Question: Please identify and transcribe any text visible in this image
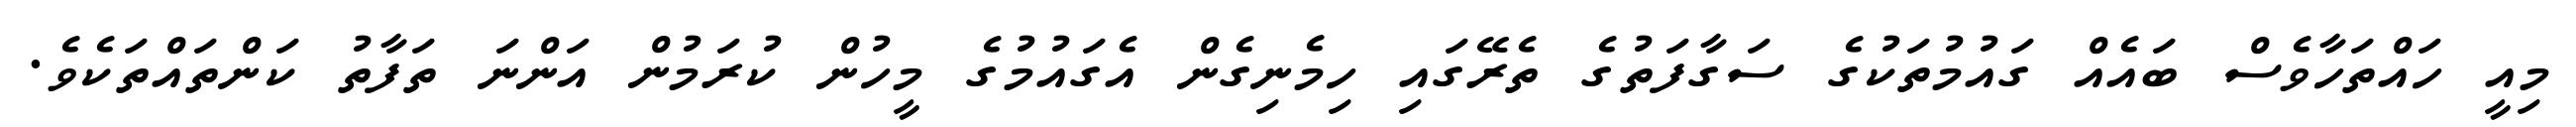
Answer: މިއީ ހައްތަހާވެސް ބައެއް ގައުމުތަކުގެ ސަގާފަތުގެ ތެރޭގައި ހިމެނިގެން އެގައުމުގެ މީހުން ކުރަމުން އަންނަ ތަފާތު ކަންތައްތަކެވެ.